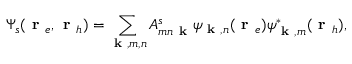
\Psi _ { s } ( \textbf { r } _ { e } , \textbf { r } _ { h } ) = \sum _ { \textbf { k } , m , n } A _ { m n \textbf { k } } ^ { s } \psi _ { \textbf { k } , n } ( \textbf { r } _ { e } ) \psi _ { \textbf { k } , m } ^ { * } ( \textbf { r } _ { h } ) ,